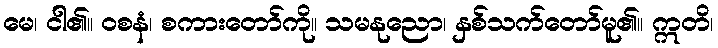
မေ၊ ငါ၏။ ဝစနံ၊ စကားတော်ကို။ သမနုညော၊ နှစ်သက်တော်မူ၏။ ဣတိ၊